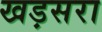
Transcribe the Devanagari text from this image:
खड़सरा